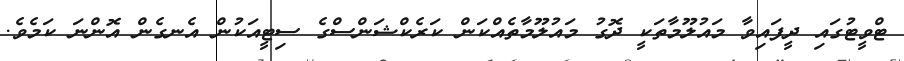
ޓްވީޓުުގައި ދީފައިވާ މައުލޫމާތަކީ ދޮގު މައުލޫމާތެއްކަން ކަރެކްޝަންސްގެ ސިޓީއަކުން އެނގެން އޮންނަ ކަމެވެ.